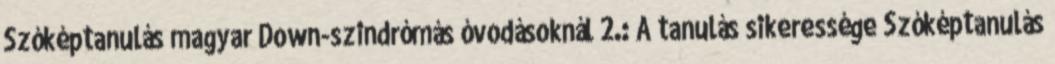
Szóképtanulás magyar Down-szindrómás óvodásoknál 2.: A tanulás sikeressége Szóképtanulás